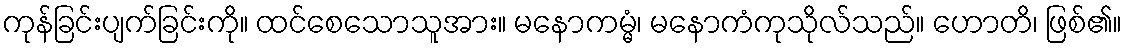
ကုန်ခြင်းပျက်ခြင်းကို။ ထင်စေသောသူအား။ မနောကမ္မံ၊ မနောကံကုသိုလ်သည်။ ဟောတိ၊ ဖြစ်၏။